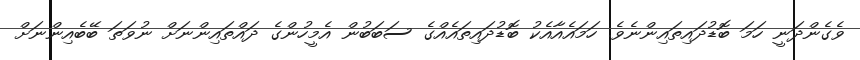
ވެގެންދަނީ ހަމަ ބޮޑުދައިތައިންނެވެ. ހަމައެއާއެކު ބޮޑުދައިތައެއްގެ ސަބަބުން އެމީހުންގެ ދައްތައިންނަށް ނުވަތަ ބޭބެއިންނަށް